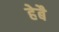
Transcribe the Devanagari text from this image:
हेबै